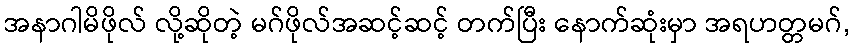
အနာဂါမိဖိုလ် လို့ဆိုတဲ့ မဂ်ဖိုလ်အဆင့်ဆင့် တက်ပြီး နောက်ဆုံးမှာ အရဟတ္တမဂ်,